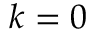
k = 0